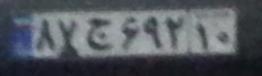
۸۷ج۶۹۲۱۰